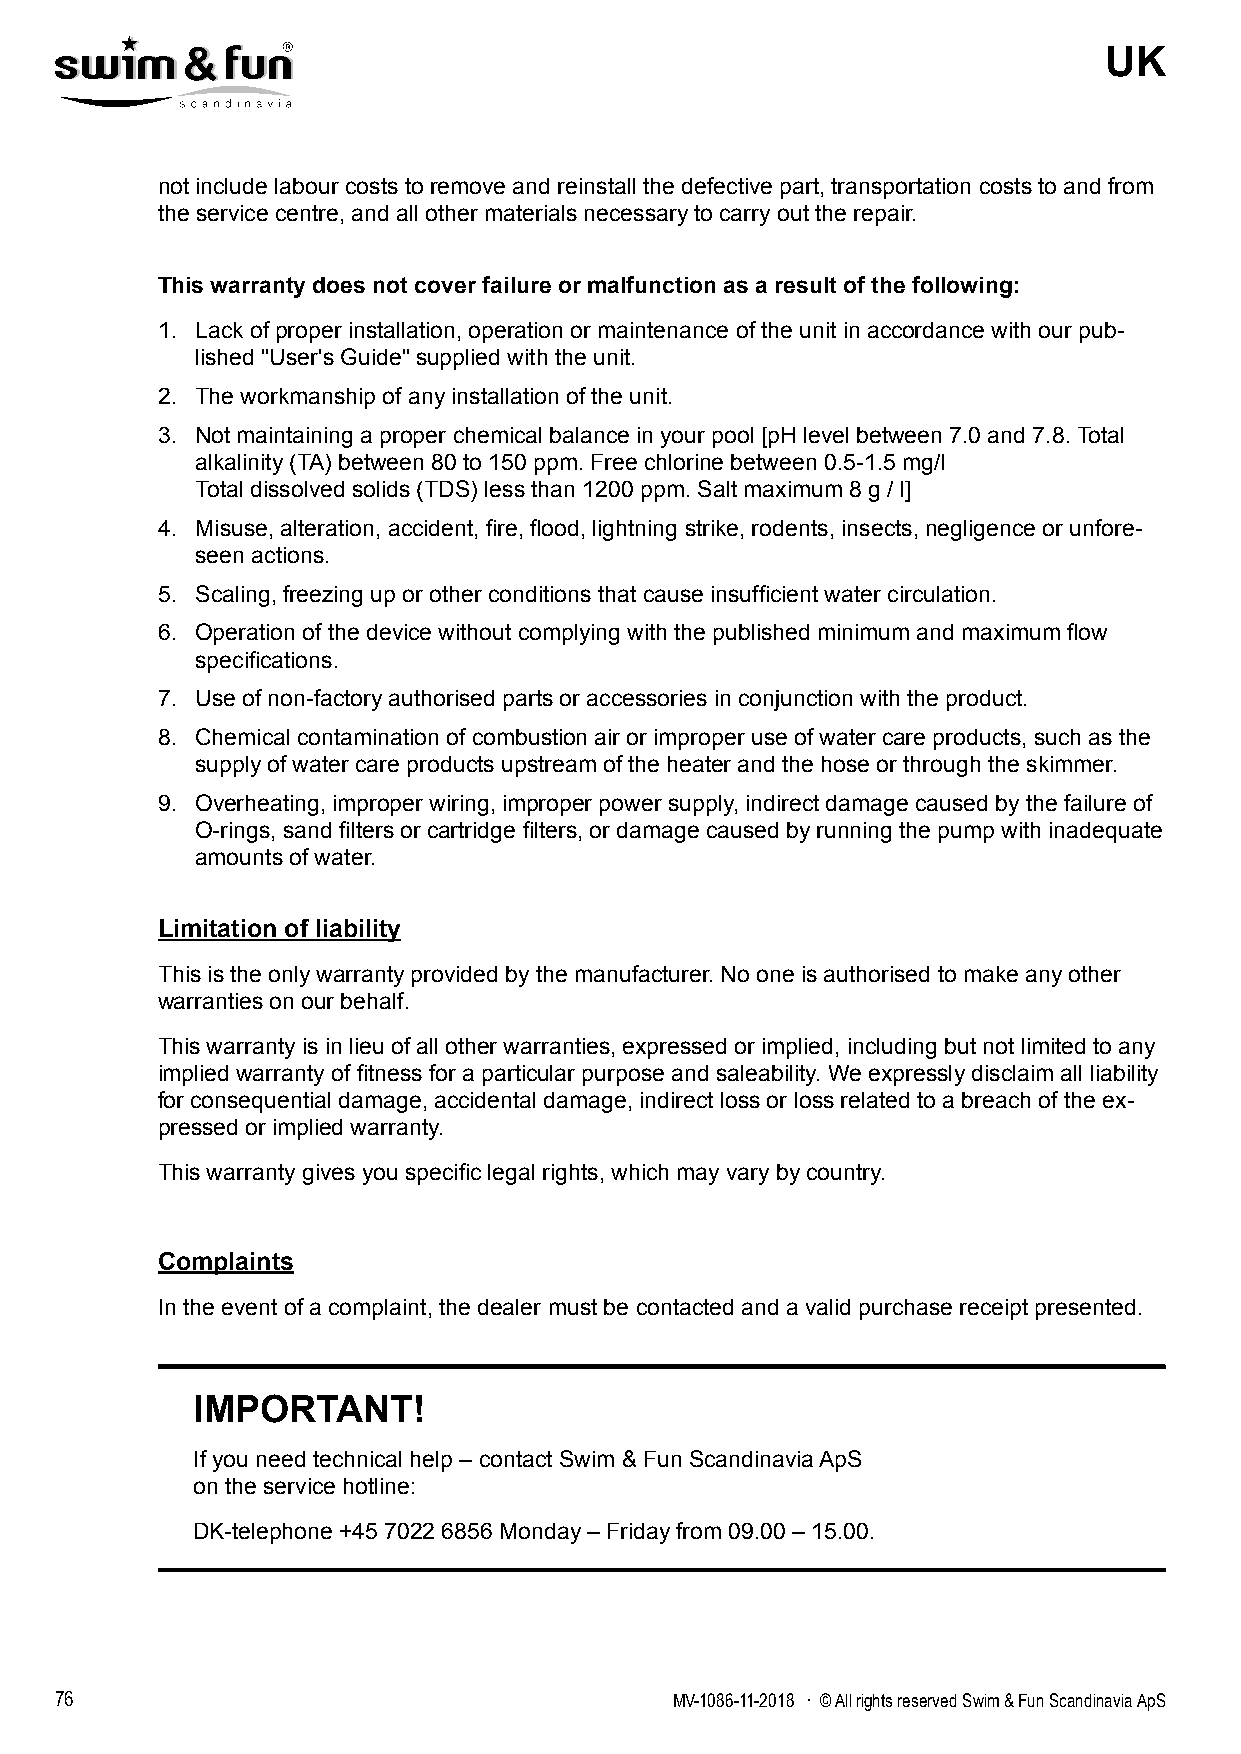
UK
 not include labour costs to remove and reinstall the defective part, transportation costs to and from
 the service centre, and all other materials necessary to carry out the repair.
 This warranty does not cover failure or malfunction as a result of the following:
 1. Lack of proper installation, operation or maintenance of the unit in accordance with our pub-
 lished "User's Guide" supplied with the unit.
 2. The workmanship of any installation of the unit.
 3. Not maintaining a proper chemical balance in your pool [pH level between 7.0 and 7.8. Total
 alkalinity (TA) between 80 to 150 ppm. Free chlorine between 0.5-1.5 mg/l
 Total dissolved solids (TDS) less than 1200 ppm. Salt maximum 8 g / l]
 4. Misuse, alteration, accident, fire, flood, lightning strike, rodents, insects, negligence or unfore-
 seen actions.
 5. Scaling, freezing up or other conditions that cause insufficient water circulation.
 6. Operation of the device without complying with the published minimum and maximum flow
 specifications.
 7. Use of non-factory authorised parts or accessories in conjunction with the product.
 8. Chemical contamination of combustion air or improper use of water care products, such as the
 supply of water care products upstream of the heater and the hose or through the skimmer.
 9. Overheating, improper wiring, improper power supply, indirect damage caused by the failure of
 O-rings, sand filters or cartridge filters, or damage caused by running the pump with inadequate
 amounts of water.
 Limitation of liability
 This is the only warranty provided by the manufacturer. No one is authorised to make any other
 warranties on our behalf.
 This warranty is in lieu of all other warranties, expressed or implied, including but not limited to any
 implied warranty of fitness for a particular purpose and saleability. We expressly disclaim all liability
 for consequential damage, accidental damage, indirect loss or loss related to a breach of the ex-
 pressed or implied warranty.
 This warranty gives you specific legal rights, which may vary by country.
 Complaints
 In the event of a complaint, the dealer must be contacted and a valid purchase receipt presented.
 IMPORTANT!
 If you need technical help – contact Swim & Fun Scandinavia ApS
 on the service hotline:
 DK-telephone +45 7022 6856 Monday – Friday from 09.00 – 15.00.
 76                                      MV-1086-11-2018 . © All rights reserved Swim & Fun Scandinavia ApS